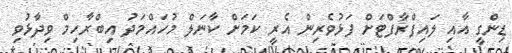
ޑިންގީ އާއި ލައިފްރާފްޓަށް ފަޅުވެރިން އެރީ ކަމަށް ކާނަލް މުހައްމަދު އިބްރާހިމް ވިދާޅުވި